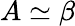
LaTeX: A\simeq\beta